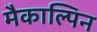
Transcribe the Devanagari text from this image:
मैकाल्पिन